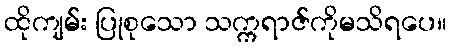
ထိုကျမ်း ပြုစုသော သက္ကရာဇ်ကိုမသိရပေ။